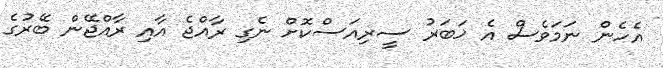
އެހެން ނަމަވެސް އެ ޚަބަރު ސީރިއަސްކޮށް ނެގި ރާއްޖެ އާއި ރާއްޖޭން ބޭރުގެ